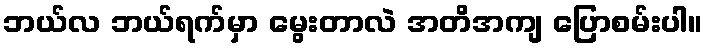
ဘယ်လ ဘယ်ရက်မှာ မွေးတာလဲ အတိအကျ ပြောစမ်းပါ။